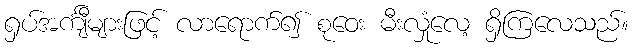
ရှပ်အင်္ကျီများဖြင့် လာရောက်၍ စုဝေး မီးလှုံလေ့ ရှိကြလေသည်။